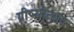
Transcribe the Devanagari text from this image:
ग्रीष्मोत्सव